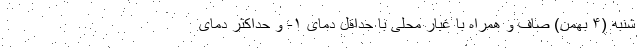
شنبه (۴ بهمن) صاف و همراه با غبار محلی با حداقل دمای ۱- و حداکثر دمای